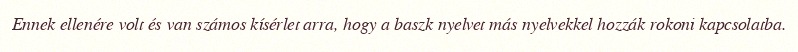
Ennek ellenére volt és van számos kísérlet arra, hogy a baszk nyelvet más nyelvekkel hozzák rokoni kapcsolatba.